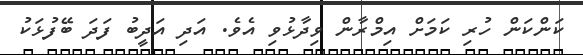
ކަންކަން ހުރި ކަމަށް އިމްރާން ވިދާޅުވި އެވެ. އަދި އަދީބު ފަދަ ބޭފުޅަކު